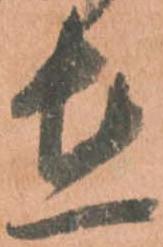
在